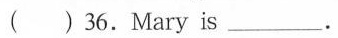
( ) 36.Mary is ___.